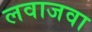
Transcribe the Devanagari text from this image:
लवाजवा